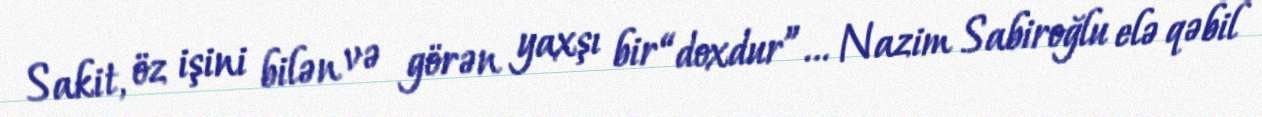
Sakit, öz işini bilən və görən yaxşı bir “doxdur”... Nazim Sabiroğlu elə qəbil